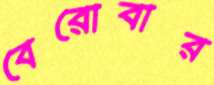
বেরোবার